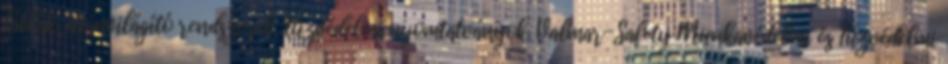
Táblák, utánvilágító rendszerek, tűzvédelmi nyomtatványok. Valmar-Safety Munkavédelmi és Tűzvédelmi